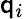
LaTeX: \mathsf{q}_{i}